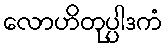
လောဟိတုပ္ပါဒကံ